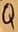
Text: Q